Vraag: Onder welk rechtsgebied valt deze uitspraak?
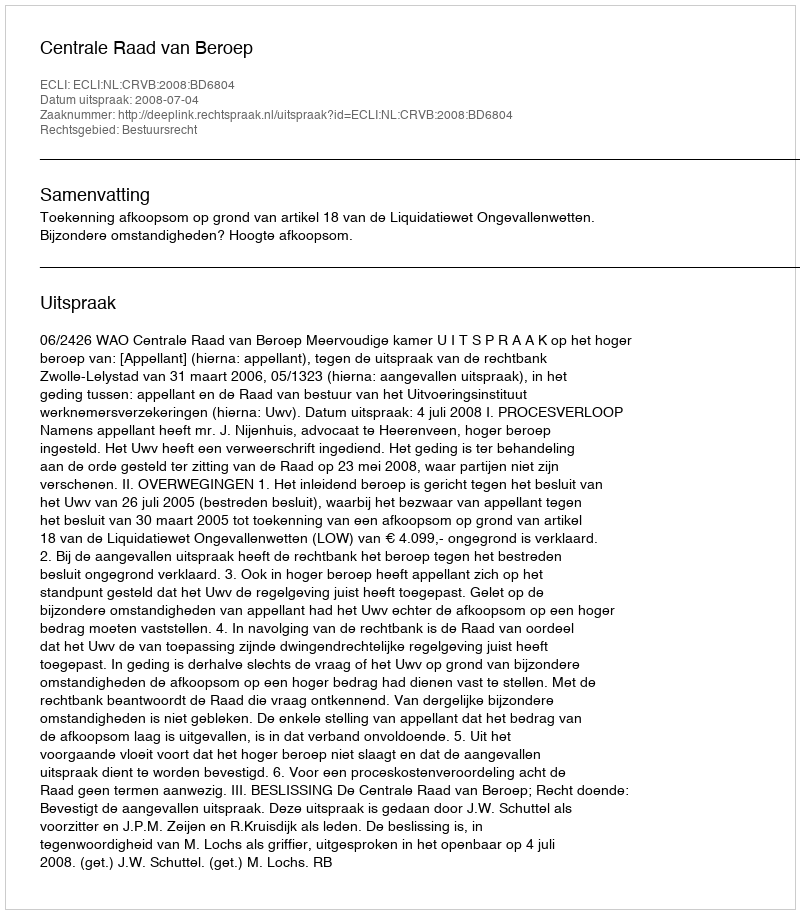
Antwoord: Bestuursrecht